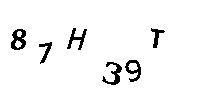
87H39T